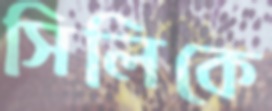
সিলিকে